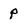
Character: P